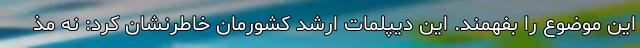
این موضوع را بفهمند. این دیپلمات ارشد کشورمان خاطرنشان کرد: نه مذ